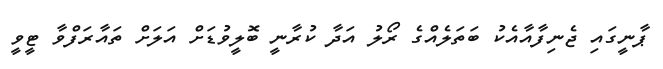
ޕާނީގައި ޖެނިފާއާއެކު ބަތަލެއްގެ ރޯލު އަދާ ކުރާނީ ބޮލީވުޑަށް އަލަށް ތައާރަފްވާ ޓީވީ